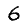
Digit: 6